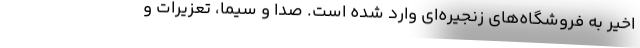
اخیر به فروشگاه‌های زنجیره‌ای وارد شده است. صدا و سیما، تعزیرات و